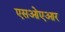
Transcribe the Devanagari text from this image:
एसओएआर